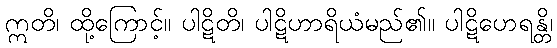
ဣတိ၊ ထို့ကြောင့်။ ပါဋိတိ၊ ပါဋိဟာရိယံမည်၏။ ပါဋိဟေရန္တိ၊